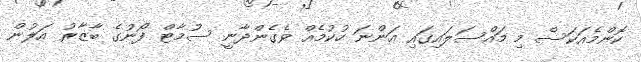
ކޮންމެއަކަސް މި މައްސަލައިގައި އަންނަ ހުކުމެއް ވެގެންދާނީ ސުމާޓް ފޯނުގެ ބާޒާރު އަލުން